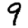
Digit: 9